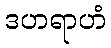
ဒဟရာဟံ